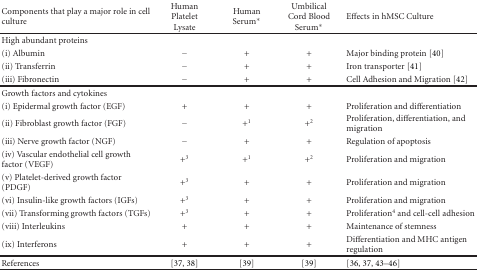
| Components that play a major role in cell culture | Human Platelet Lysate | Human Serum* | Umbilical Cord Blood Serum* | Effects in hMSC Culture |
 | --- | --- | --- | --- | --- |
 | High abundant proteins |  |  |  |  |
 | (i) Albumin | − | + | + | Major binding protein [40] |
 | (ii) Transferrin | − | + | + | Iron transporter [41] |
 | (iii) Fibronectin | − | + | + | Cell Adhesion and Migration [42] |
 | Growth factors and cytokines |  |  |  |  |
 | (i) Epidermal growth factor (EGF) | + | + | + | Proliferation and differentiation |
 | (ii) Fibroblast growth factor (FGF) | − | +1 | +2 | Proliferation, differentiation, and migration |
 | (iii) Nerve growth factor (NGF) | − | + | + | Regulation of apoptosis |
 | (iv) Vascular endothelial cell growth factor (VEGF) | +3 | +1 | +2 | Proliferation and migration |
 | (v) Platelet-derived growth factor (PDGF) | +3 | + | + | Proliferation and migration |
 | (vi) Insulin-like growth factors (IGFs) | +3 | + | + | Proliferation and migration |
 | (vii) Transforming growth factors (TGFs) | +3 | + | + | Proliferation4 and cell-cell adhesion |
 | (viii) Interleukins | + | + | + | Maintenance of stemness |
 | (ix) Interferons | + | + | + | Differentiation and MHC antigen regulation |
 | References | [37, 38] | [39] | [39] | [36, 37, 43–46] |